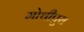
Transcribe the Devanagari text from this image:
मोचीपुरा